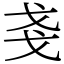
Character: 戔